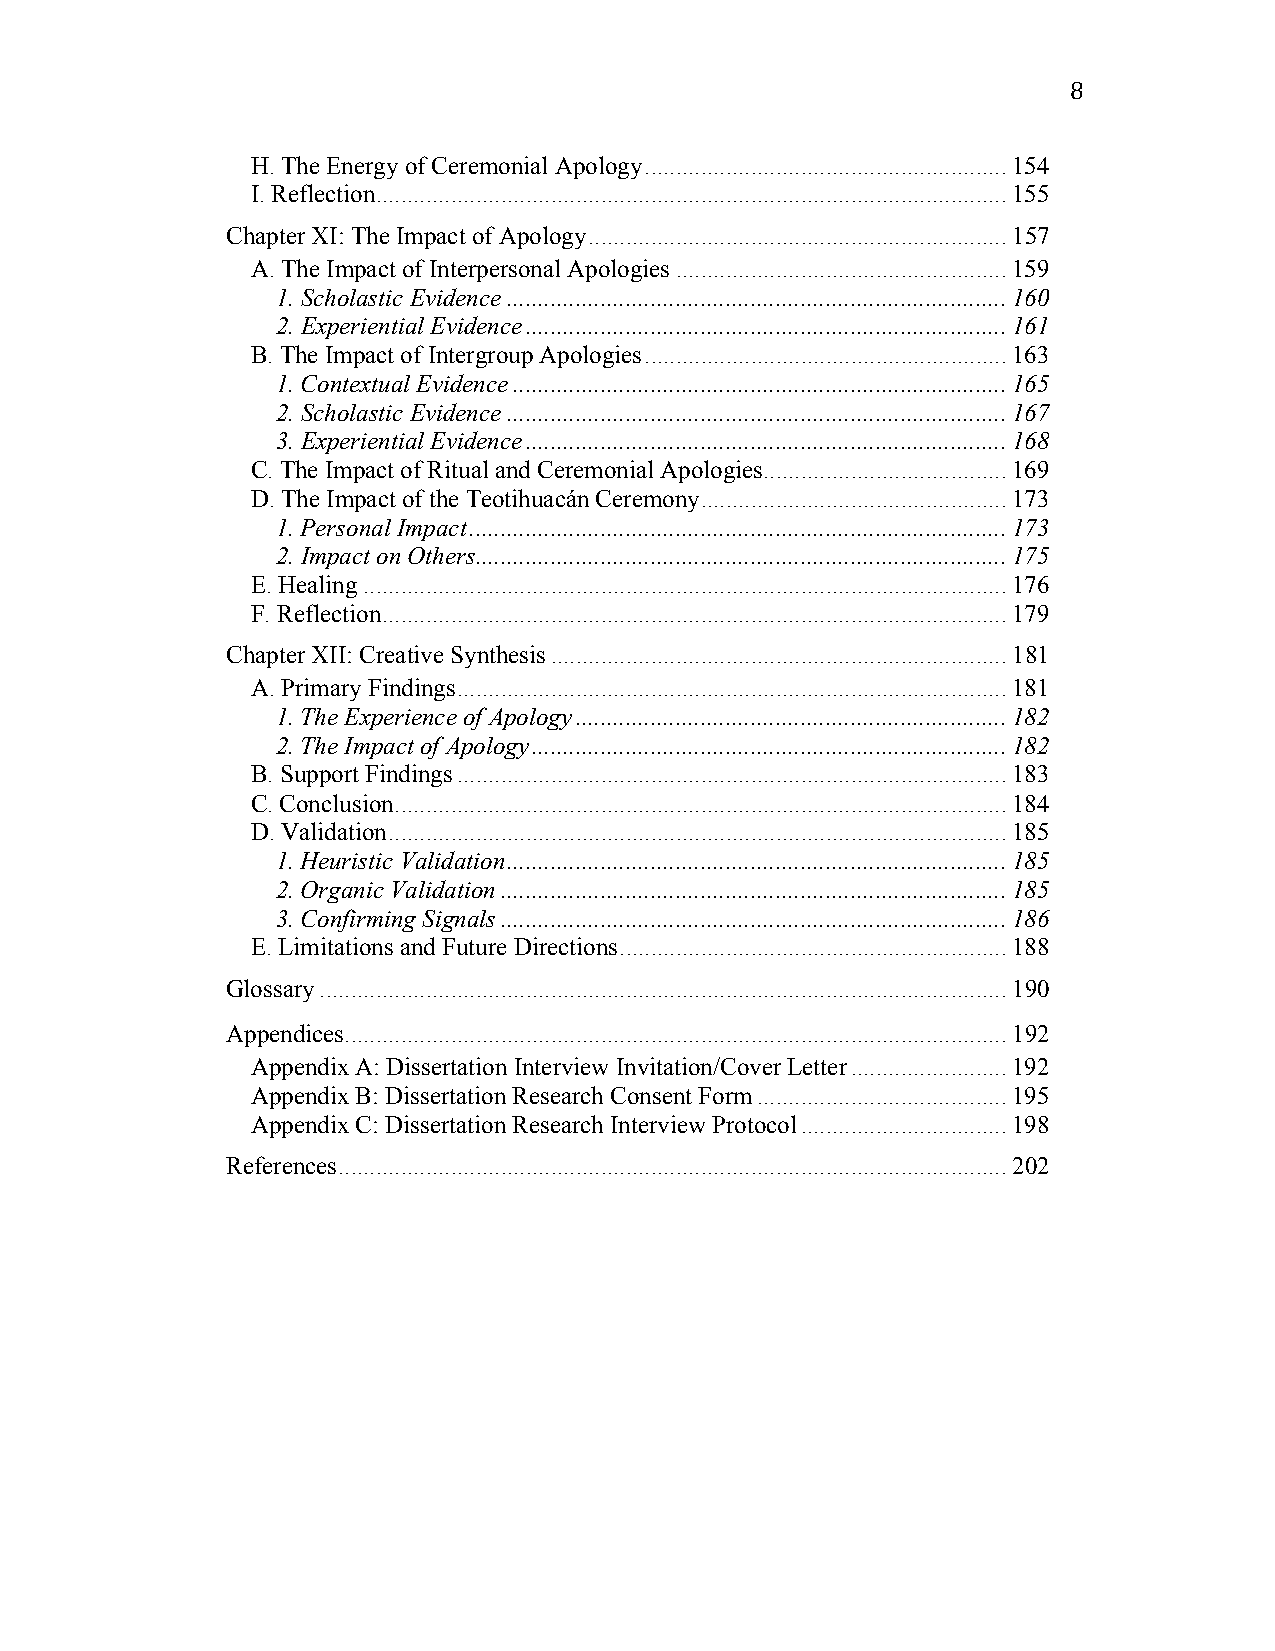
8
 H. The Energy of Ceremonial Apology .......................................................... 154
 I. Reflection ..................................................................................................... 155
 Chapter XI: The Impact of Apology ................................................................... 157
 A. The Impact of Interpersonal Apologies ..................................................... 159
 1. Scholastic Evidence ................................................................................ 160
 2. Experiential Evidence ............................................................................. 161
 B. The Impact of Intergroup Apologies .......................................................... 163
 1. Contextual Evidence ............................................................................... 165
 2. Scholastic Evidence ................................................................................ 167
 3. Experiential Evidence ............................................................................. 168
 C. The Impact of Ritual and Ceremonial Apologies ....................................... 169
 D. The Impact of the Teotihuacán Ceremony ................................................. 173
 1. Personal Impact ...................................................................................... 173
 2. Impact on Others ..................................................................................... 175
 E. Healing ....................................................................................................... 176
 F. Reflection .................................................................................................... 179
 Chapter XII: Creative Synthesis ......................................................................... 181
 A. Primary Findings ........................................................................................ 181
 1. The Experience of Apology ..................................................................... 182
 2. The Impact of Apology ............................................................................ 182
 B. Support Findings ........................................................................................ 183
 C. Conclusion .................................................................................................. 184
 D. Validation ................................................................................................... 185
 1. Heuristic Validation ................................................................................ 185
 2. Organic Validation ................................................................................. 185
 3. Confirming Signals ................................................................................. 186
 E. Limitations and Future Directions .............................................................. 188
 Glossary .............................................................................................................. 190
 Appendices .......................................................................................................... 192
 Appendix A: Dissertation Interview Invitation/Cover Letter ......................... 192
 Appendix B: Dissertation Research Consent Form ........................................ 195
 Appendix C: Dissertation Research Interview Protocol ................................. 198
 References ........................................................................................................... 202